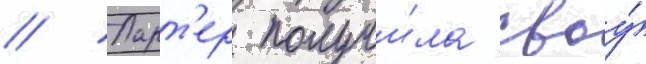
// Ларт'ер получи́ла своу́